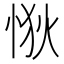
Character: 𢙹